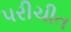
પરીચીત